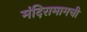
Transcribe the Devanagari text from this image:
मंदिरामागची